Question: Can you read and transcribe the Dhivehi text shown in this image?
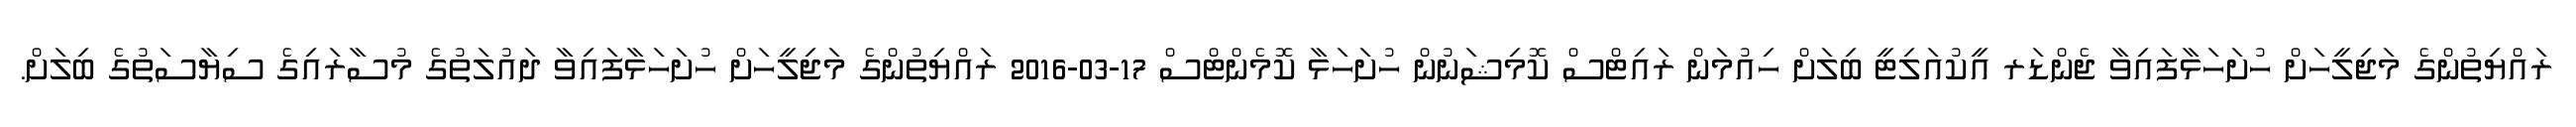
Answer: ރައްޔިތުންގެ މަޖިލީހަށް ހުށަހަޅާފައިވާ ޖެންޑަރ އީކުއަލިޓީ ބިލަށް ހިއުމަން ރައިޓްސް ކޮމިޝަނުން ހުށަހަޅާ ކޮމެންޓްސް 17-03-2016 ރައްޔިތުންގެ މަޖިލީހަށް ހުށަހަޅާފައިވާ ދައުލަތުގެ މުސާރައިގެ ސިޔާސަތުގެ ބިލަށް.